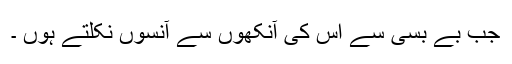
جب بے بسی سے اس کی آنکھوں سے آنسوں نکلتے ہوں ۔